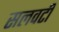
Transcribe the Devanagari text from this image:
सलवटी